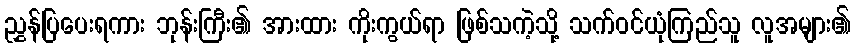
ညွှန်ပြပေးရကား ဘုန်းကြီး၏ အားထား ကိုးကွယ်ရာ ဖြစ်သကဲ့သို့ သက်ဝင်ယုံကြည်သူ လူအများ၏